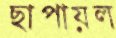
ছাপায়ল